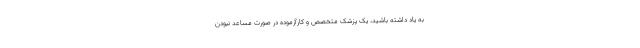
به یاد داشته باشید، یک پزشک متخصص و کارآزموده در صورت مساعد نبودن